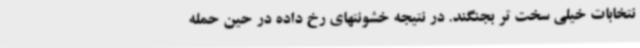
نتخابات خیلی سخت تر بجنگند. در نتیجه خشونتهای رخ داده در حین حمله